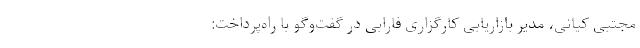
مجتبی کیانی، مدیر بازاریابی کارگزاری فارابی در گفت‌وگو با راه‌پرداخت:‌